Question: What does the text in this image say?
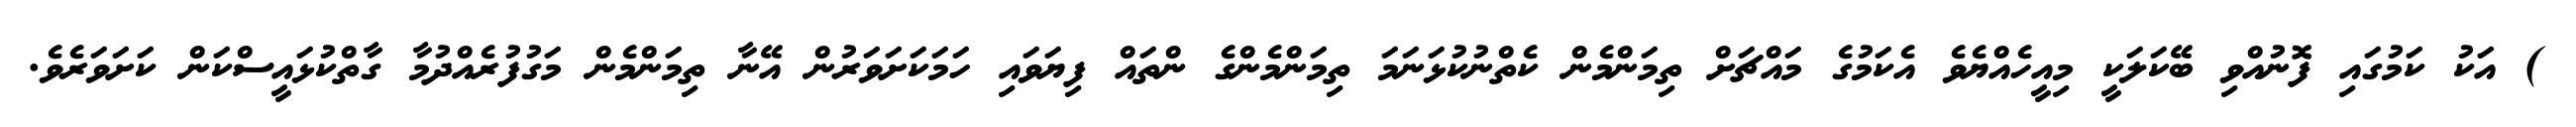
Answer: ) އަކު ކަމުގައި ފޮނުއްވި ބޭކަލަކީ މިއީހެއްޔެވެ އެކަމުގެ މައްޗަށް ތިމަންމެން ކެތްނުކުޅަނަމަ ތިމަންމެންގެ ންތައް ފިޔަވައި ހަމަކަށަވަރުން އޭނާ ތިމަންމެން މަގުފުރެއްދުމާ ގާތްކުޅައީސްކަން ކަށަވަރެވެ.